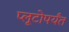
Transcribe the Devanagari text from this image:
प्लूटोपर्यंत